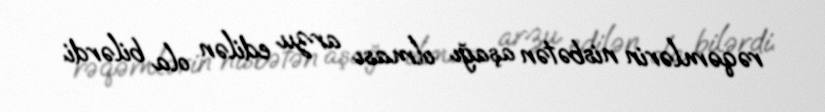
rəqəmlərin nisbətən aşağı olması arzu edilən ola bilərdi.